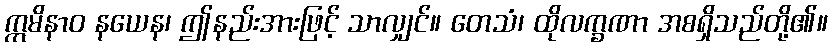
ဣမိနာဝ နယေန၊ ဤနည်းအားဖြင့် သာလျှင်။ တေသံ၊ ထိုလက္ခဏာ အစရှိသည်တို့၏။